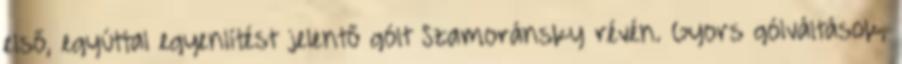
első, egyúttal egyenlítést jelentő gólt Szamoránsky révén. Gyors gólváltások,